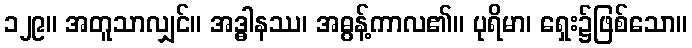
၁၂၉။ အတူသာလျှင်။ အဒ္ဓါနဿ၊ အဓွန့်ကာလ၏။ ပုရိမာ၊ ရှေး၌ဖြစ်သော။